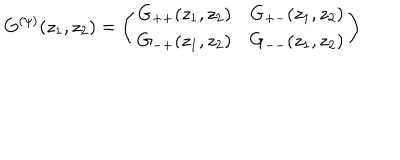
G ^ { ( \psi ) } ( z _ { 1 } , z _ { 2 } ) = \left( \begin{array} { l l } { { G _ { + + } ( z _ { 1 } , z _ { 2 } ) } } & { { G _ { + - } ( z _ { 1 } , z _ { 2 } ) } } \\ { { G _ { - + } ( z _ { 1 } , z _ { 2 } ) } } & { { G _ { -- } ( z _ { 1 } , z _ { 2 } ) } } \\ \end{array} \right)